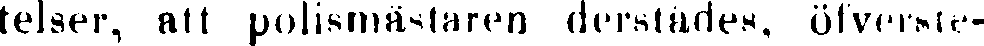
telser, att polismästaren derstädes, öfverste-